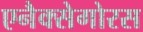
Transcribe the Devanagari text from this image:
एनैक्सेगोरस